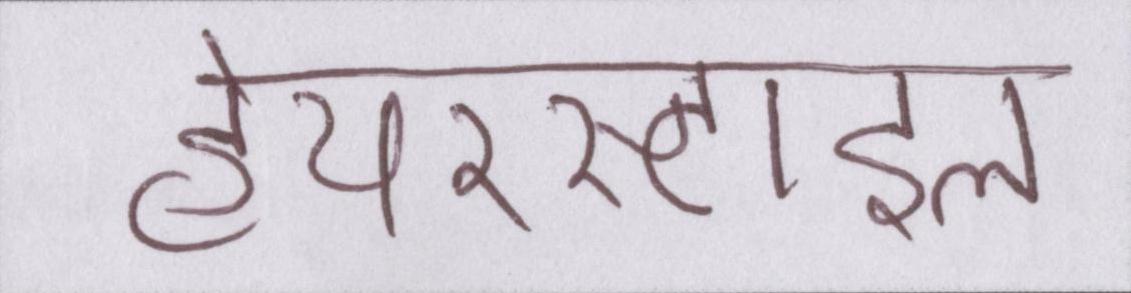
हेयरस्टाइल